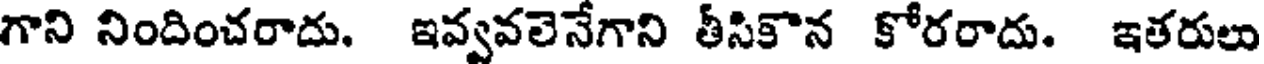
గాని నిందించరాదు. ఇవ్వవలెనేగాని తీసికొన కోరరాదు. ఇతరులు